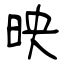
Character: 映